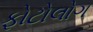
ફોટોલોગ